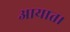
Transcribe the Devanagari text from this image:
आयात।